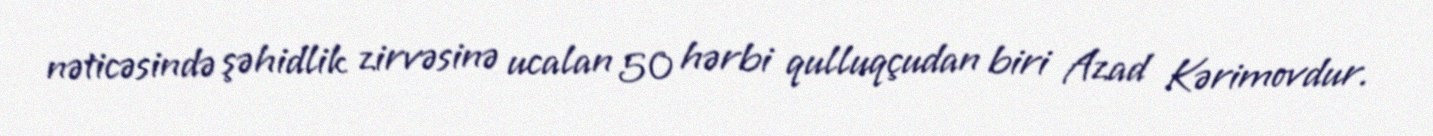
nəticəsində şəhidlik zirvəsinə ucalan 50 hərbi qulluqçudan biri Azad Kərimovdur.